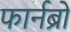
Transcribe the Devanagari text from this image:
फार्नब्रो